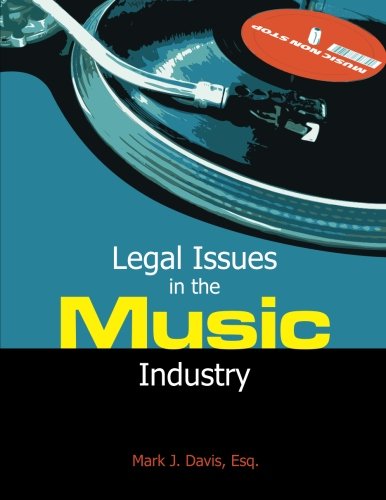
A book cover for Legal Issues in the Music Industry; Mark J. Davis; Law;